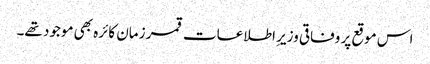
اس موقع پر وفاقی وزیرِ اطلاعات قمر زمان کائرہ بھی موجود تھے۔